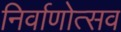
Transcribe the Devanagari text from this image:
निर्वाणोत्सव